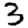
Digit: 3